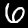
Label: 6